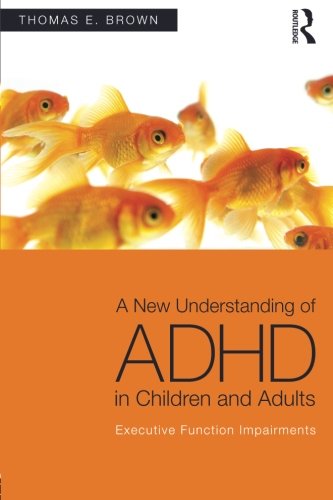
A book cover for A New Understanding of ADHD in Children and Adults: Executive Function Impairments; Thomas E. Brown; Health, Fitness & Dieting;